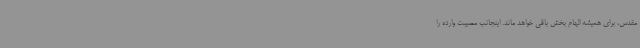
مقدس، برای همیشه الهام بخش باقی خواهد ماند. اینجانب مصیبت وارده را